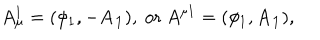
A _ { \mu } ^ { 1 } = ( \phi _ { 1 } , - \mathbf { A _ { 1 } } ) , ~ \mathrm { o r } ~ A ^ { \mu 1 } = ( \phi _ { 1 } , \mathbf { A _ { 1 } } ) ,